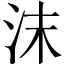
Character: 沫